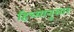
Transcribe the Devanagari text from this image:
हिच्यानुसार